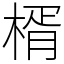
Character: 楈